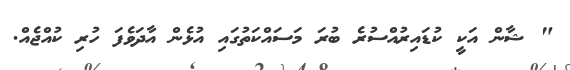
" ޝާން އަކީ ކުޑައިރުއްސުރެ ބުރަ މަސައްކަތުގައި އުޅެން އާދަވެފަ ހުރި ކުއްޖެއް.